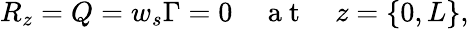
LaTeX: R_{z}=Q=w_{s}\Gamma=0\quad\mathrm{~a~t~}\quad z=\{ 0,L\} ,